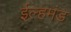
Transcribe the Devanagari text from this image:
ईल्हमंड